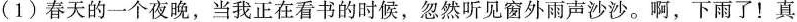
(1)春天的一个夜晚，当我正在看书的时候，忽然听见窗外雨声沙沙。啊，下雨了！真